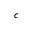
^ c